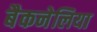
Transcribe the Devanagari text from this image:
बैकनेलिया